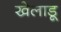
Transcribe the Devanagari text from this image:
खेलाडू